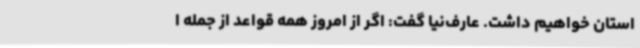
استان خواهیم داشت. عارف‌نیا گفت: اگر از امروز همه قواعد از جمله ا